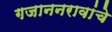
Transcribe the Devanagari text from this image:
गजाननरावांचे